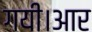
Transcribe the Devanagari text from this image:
गयी।आर